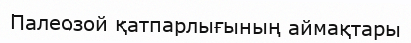
Палеозой қатпарлығының аймақтары